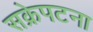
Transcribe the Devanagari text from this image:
सक्रेपटना